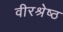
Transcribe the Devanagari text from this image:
वीरश्रेष्ठ